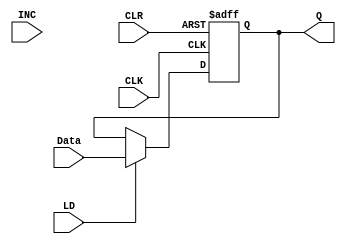

module AC(

  output reg [15:0] Q,
  input      [15:0] Data,
  input      INC, LD, CLK, CLR
  );
  
  always @(posedge CLK or posedge CLR)
    begin
      if (CLR)
        Q = 16'b0;
      else if (LD)
        Q = Data;
    end  
    

endmodule